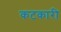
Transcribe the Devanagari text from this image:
कटकारी